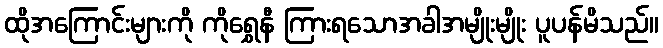
ထိုအကြောင်းများကို ကိုရွှေနီ ကြားရသောအခါအမျိုးမျိုး ပူပန်မိသည်။